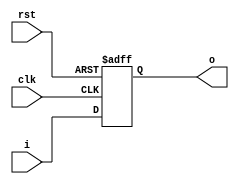
// This program was cloned from: https://github.com/mehedi37/Verilog_study
// License: MIT License

module _16bit(
  input wire clk, rst,
  input wire [15:0] i,
  output reg [15:0] o
);
  always @(posedge clk or posedge rst) begin
    if (rst)
      o <= 16'b0000_0000_0000_0000;
    else
      o <= i;
  end

endmodule